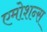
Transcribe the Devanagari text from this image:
एमोशन्स